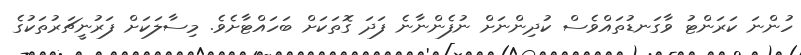
ހުންނަ ކަރަންޓު ވާގަނޑުތައްވެސް ކުދިންނަށް ނުފެންނާނެ ފަދަ ގޮތަކަށް ބަހައްޓާށެވެ. މިސާލަކަށް ފަރުނީޗަރުތަކުގެ